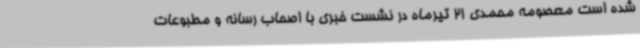
شده است معصومه محمدی 21 تیرماه در نشست خبری با اصحاب رسانه و مطبوعات